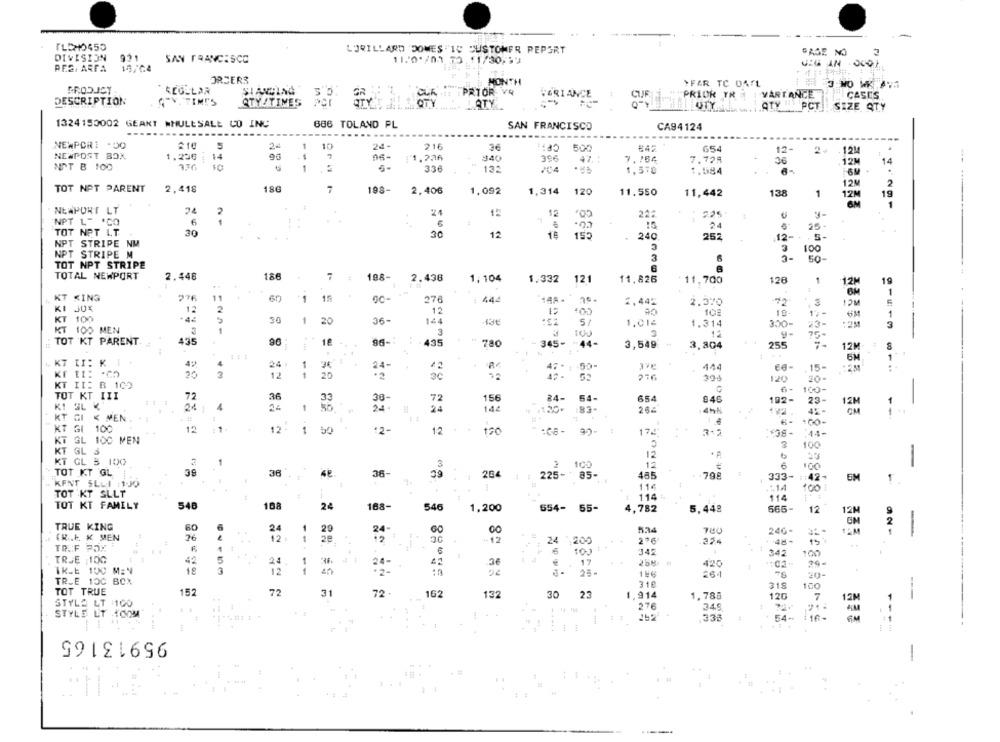
ILCH450
LORILLARD 'DOMES "10 CUSTOMER REPORT
PASE NO
DIVISION
931
SAN FRANCISCO
11.0*/01 72.11/30;13
4:4 IN 0001
RES. ARFA 15/64
ORDERS
MONTH
YFAR TC DASL
* REGULAR
PRIOR VA
VARIANCE
1
PRIOK TR #
VARTANCE
CASES
DESCRIPTION
"Y. TIME'S
QTY/TIMES
QTY
OTY 111 PCT
SIZE QTY
1324150002 GEAKT #HULLSALL CO INC
886 TOLAND PL
SAN FRANCISCO
CA94124
.......
NEWPOR1 .00
5
24
1
10
24-
216
36
500
#42
G54
12-
NEWPOST BOX
96
2+ - 1214
1.230 ;
14
11.236
340
39€
47.
7.764
7.729
36
--
NOT B 100
3.76
.:
5.
336
132
1,570
1,584
---
12M
2
TOT NPT PARENT
2,418
186
-
198-
2,406
1,092
1,314
120
11.550
11,442
138
1
19
12M
NEWPORT LT
24
2
225
NPT L= 'CO
6
TOT NPT L.T.
24
25
30
30
12
1
240
252
12- 5-
NPT STRIPE NM
100
NPT STRIPE M
3
6
3-
50
TOT NPT STRIPE
TOTAL NEWPORT
2.446
186
7
198-
2.436
1,104
1.332 121
11.826
11,700
128
1
12M
KT KING
276
11
60
GC-
1
1
276
: 444
2,445
2.370
12M
KI 30%
12
2
12
80
102
KT 100
30
1
20
36-
144
51
1.012
1.314
23-
:2M
KT 100 MEN
3
3
TOT KT PARENT.
435
18
435
96
780
- 345- 44-
3,549
3,804
255
12M
KT II: K |
49
4
1
24
R
444
. 15-
20
3
12
1
20
3€
276
304
120
20-
KT II: B 102
6
100-
TOT KT III
11
72
36
38-
72
156
24-
54-
654
846
102-
23-
12M
KI SL K
24
1
24 .
24
144
26-
4hk
.va
42-
KT GI < MEN
+00-
KT GI 100
12
1.
12:
1
50
.2-
12
150
:08- 92-
174
. 4
:44-
KT GL 100 MEN
100
KT GL S
KT GL & 100
12
3
100
12
100
TOT KT GL
38"
36-
39
264
1 : 225- 85-
485
798
333-
KENT SLUI :1JO
1:421
1
11€
100
TOT KT SLLT
114 :
114
TOT KT FAMILY
548
108
168-
24
546
1,200
654- 65-
4,782
5,448
666-
12
TRUE KING
60
24
1
20
534
240-
(R.E. K MEN
76
12 :
1
-12
24 ,200
216
TOAF POR
345
342
100
TRUE |100
42
5
2ª
1
1
3€
17
420
.CA-
29-
IK.E 100 M:"
19
3
12
1
25-
261
20-
TR.E 100 BOX
310
315
100
TOT TRUE
152
72
31
72 .
162
132
1,914
30 23
1,788
120
7
STYL2 LT :100
276
349
STYLE LT 4COM
---.
338
54-
116-
95913165
.1